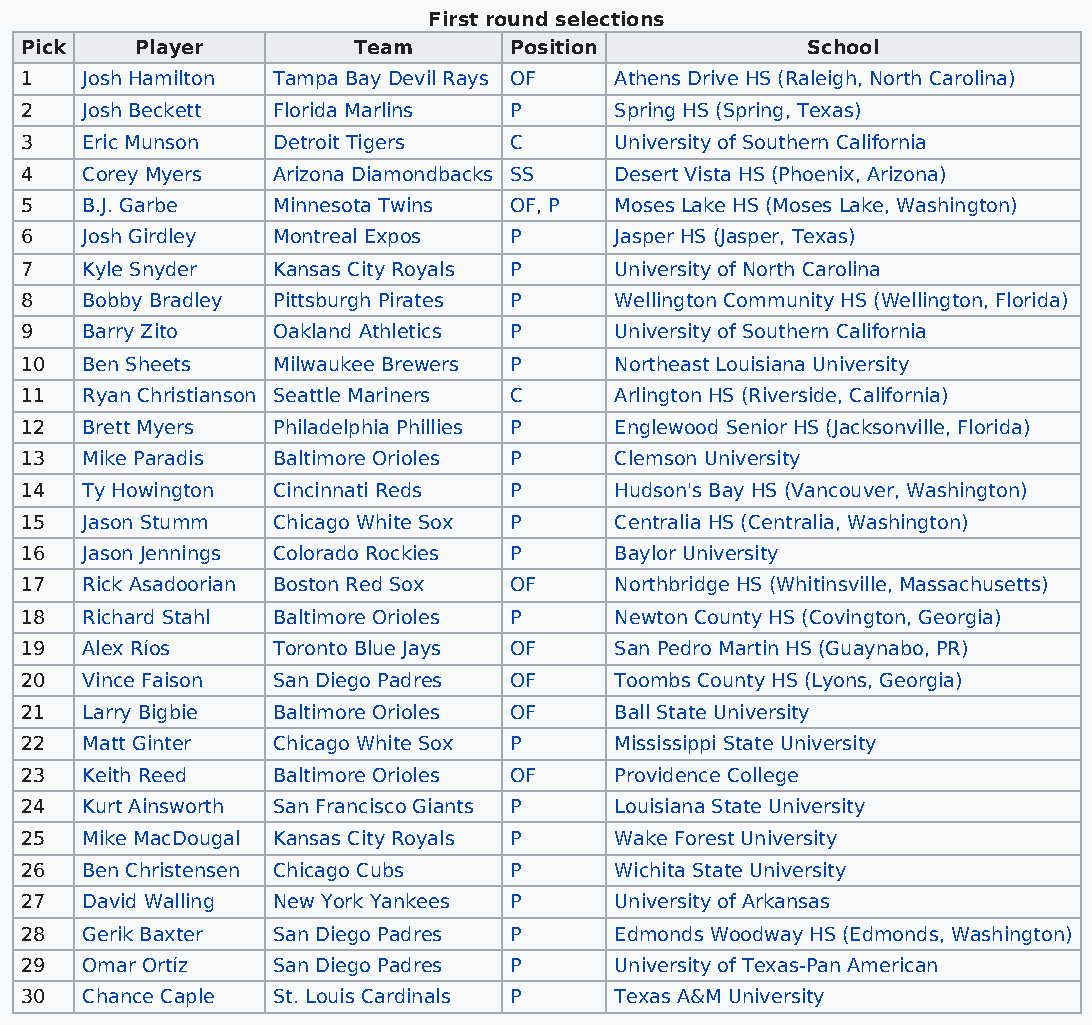
First round selections
 Pick    Player        Team       Position           School
 1   Josh Hamilton Tampa Bay Devil Rays OF Athens Drive HS (Raleigh, North Carolina)
 2   Josh Beckett Florida Marlins P      Spring HS (Spring, Texas)
 3   Eric Munson  Detroit Tigers  C      University of Southern California
 4   Corey Myers  Arizona Diamondbacks SS Desert Vista HS (Phoenix, Arizona)
 5   B.J. Garbe   Minnesota Twins OF, P  Moses Lake HS (Moses Lake, Washington)
 6   Josh Girdley Montreal Expos  P      Jasper HS (Jasper, Texas)
 7   Kyle Snyder  Kansas City Royals P   University of North Carolina
 8   Bobby Bradley Pittsburgh Pirates P  Wellington Community HS (Wellington, Florida)
 9   Barry Zito   Oakland Athletics P    University of Southern California
 10  Ben Sheets   Milwaukee Brewers P    Northeast Louisiana University
 11  Ryan Christianson Seattle Mariners C Arlington HS (Riverside, California)
 12  Brett Myers  Philadelphia Phillies P Englewood Senior HS (Jacksonville, Florida)
 13  Mike Paradis Baltimore Orioles P    Clemson University
 14  Ty Howington Cincinnati Reds P      Hudson's Bay HS (Vancouver, Washington)
 15  Jason Stumm  Chicago White Sox P    Centralia HS (Centralia, Washington)
 16  Jason Jennings Colorado Rockies P   Baylor University
 17  Rick Asadoorian Boston Red Sox OF   Northbridge HS (Whitinsville, Massachusetts)
 18  Richard Stahl Baltimore Orioles P   Newton County HS (Covington, Georgia)
 19  Alex Ríos    Toronto Blue Jays OF   San Pedro Martin HS (Guaynabo, PR)
 20  Vince Faison San Diego Padres OF    Toombs County HS (Lyons, Georgia)
 21  Larry Bigbie Baltimore Orioles OF   Ball State University
 22  Matt Ginter  Chicago White Sox P    Mississippi State University
 23  Keith Reed   Baltimore Orioles OF   Providence College
 24  Kurt Ainsworth San Francisco Giants P Louisiana State University
 25  Mike MacDougal Kansas City Royals P Wake Forest University
 26  Ben Christensen Chicago Cubs P      Wichita State University
 27  David Walling New York Yankees P    University of Arkansas
 28  Gerik Baxter San Diego Padres P     Edmonds Woodway HS (Edmonds, Washington)
 29  Omar Ortíz   San Diego Padres P     University of Texas-Pan American
 30  Chance Caple St. Louis Cardinals P  Texas A&M University